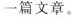
一篇文章。